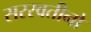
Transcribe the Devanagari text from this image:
सरस्वतीनो